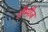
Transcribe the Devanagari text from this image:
सैम्पीज